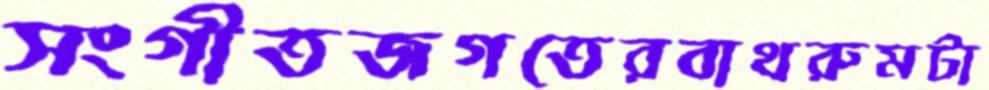
সংগীতজগতেরবাথরুমটা